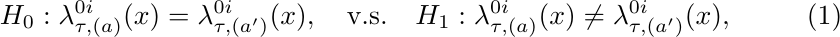
\begin{equation}
H_0: \lambda_{\tau, (a)}^{0i}(x) = \lambda_{\tau, (a')}^{0i}(x),
\quad \text{v.s.} \quad
H_1: \lambda_{\tau, (a)}^{0i}(x) \neq \lambda_{\tau, (a')}^{0i}(x),
\label{eq:H0}
\end{equation}